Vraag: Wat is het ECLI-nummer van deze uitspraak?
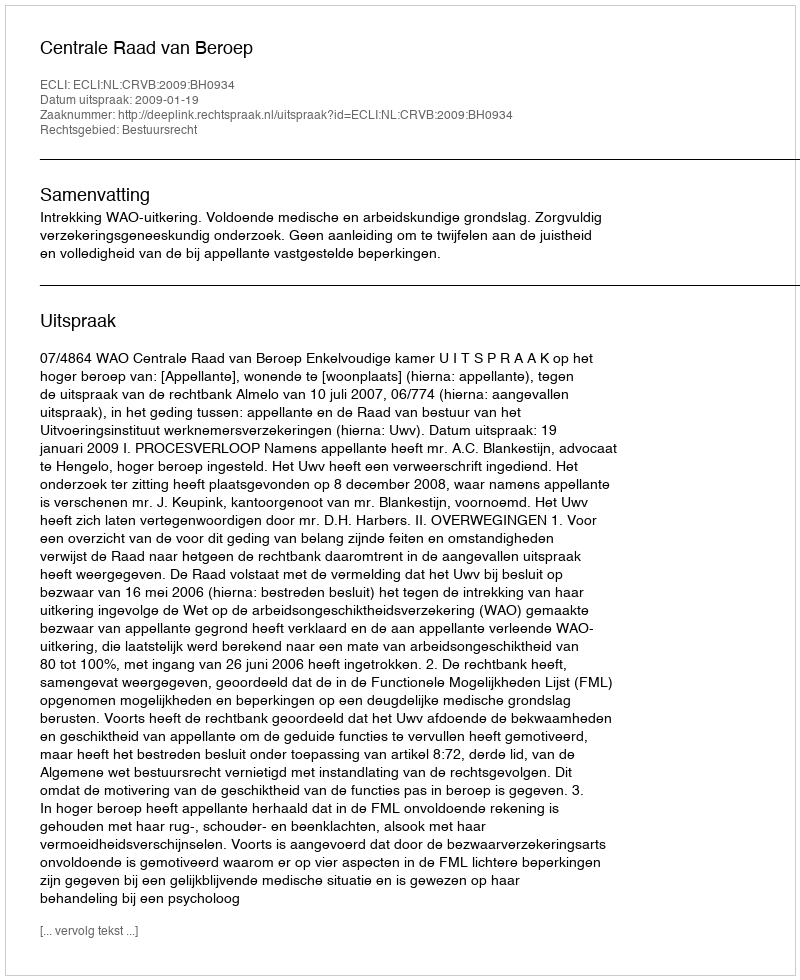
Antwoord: ECLI:NL:CRVB:2009:BH0934